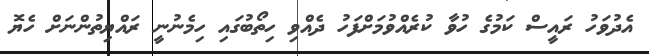
އެދުވަހު ރައީސް ކަމުގެ ހުވާ ކުރެއްވުމަށްފަހު ދެއްވި ހިތޯބުގައި ހިމެނުނީ ރައްޔިތުންނަށް ހެޔޮ